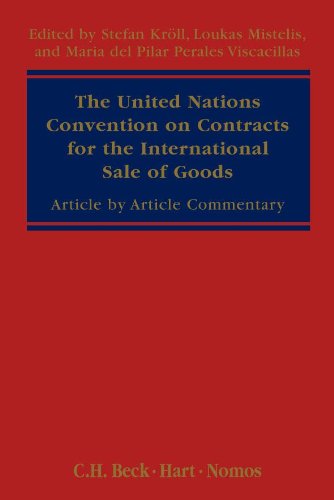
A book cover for UN Convention on Contracts for the International Sale of Goods (CISG): Commentary; Law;